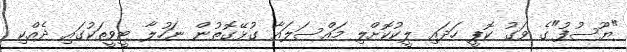
"ޔޫސުފު"ގެ ވަގު ކޮޕީ ހަދައި ލީކުކޮށްލި މައްސަލައާ ގުޅޭގޮތުން ނަހުލާ ޓީވީތަކުގައި ދެއްކި